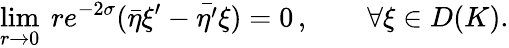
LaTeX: \operatorname*{lim}_{r\rightarrow 0}~re^{-2\sigma}(\bar{\eta}\xi^{\prime}-\bar{\eta^{\prime}}\xi)=0\, ,\qquad\forall\xi\in D(K).